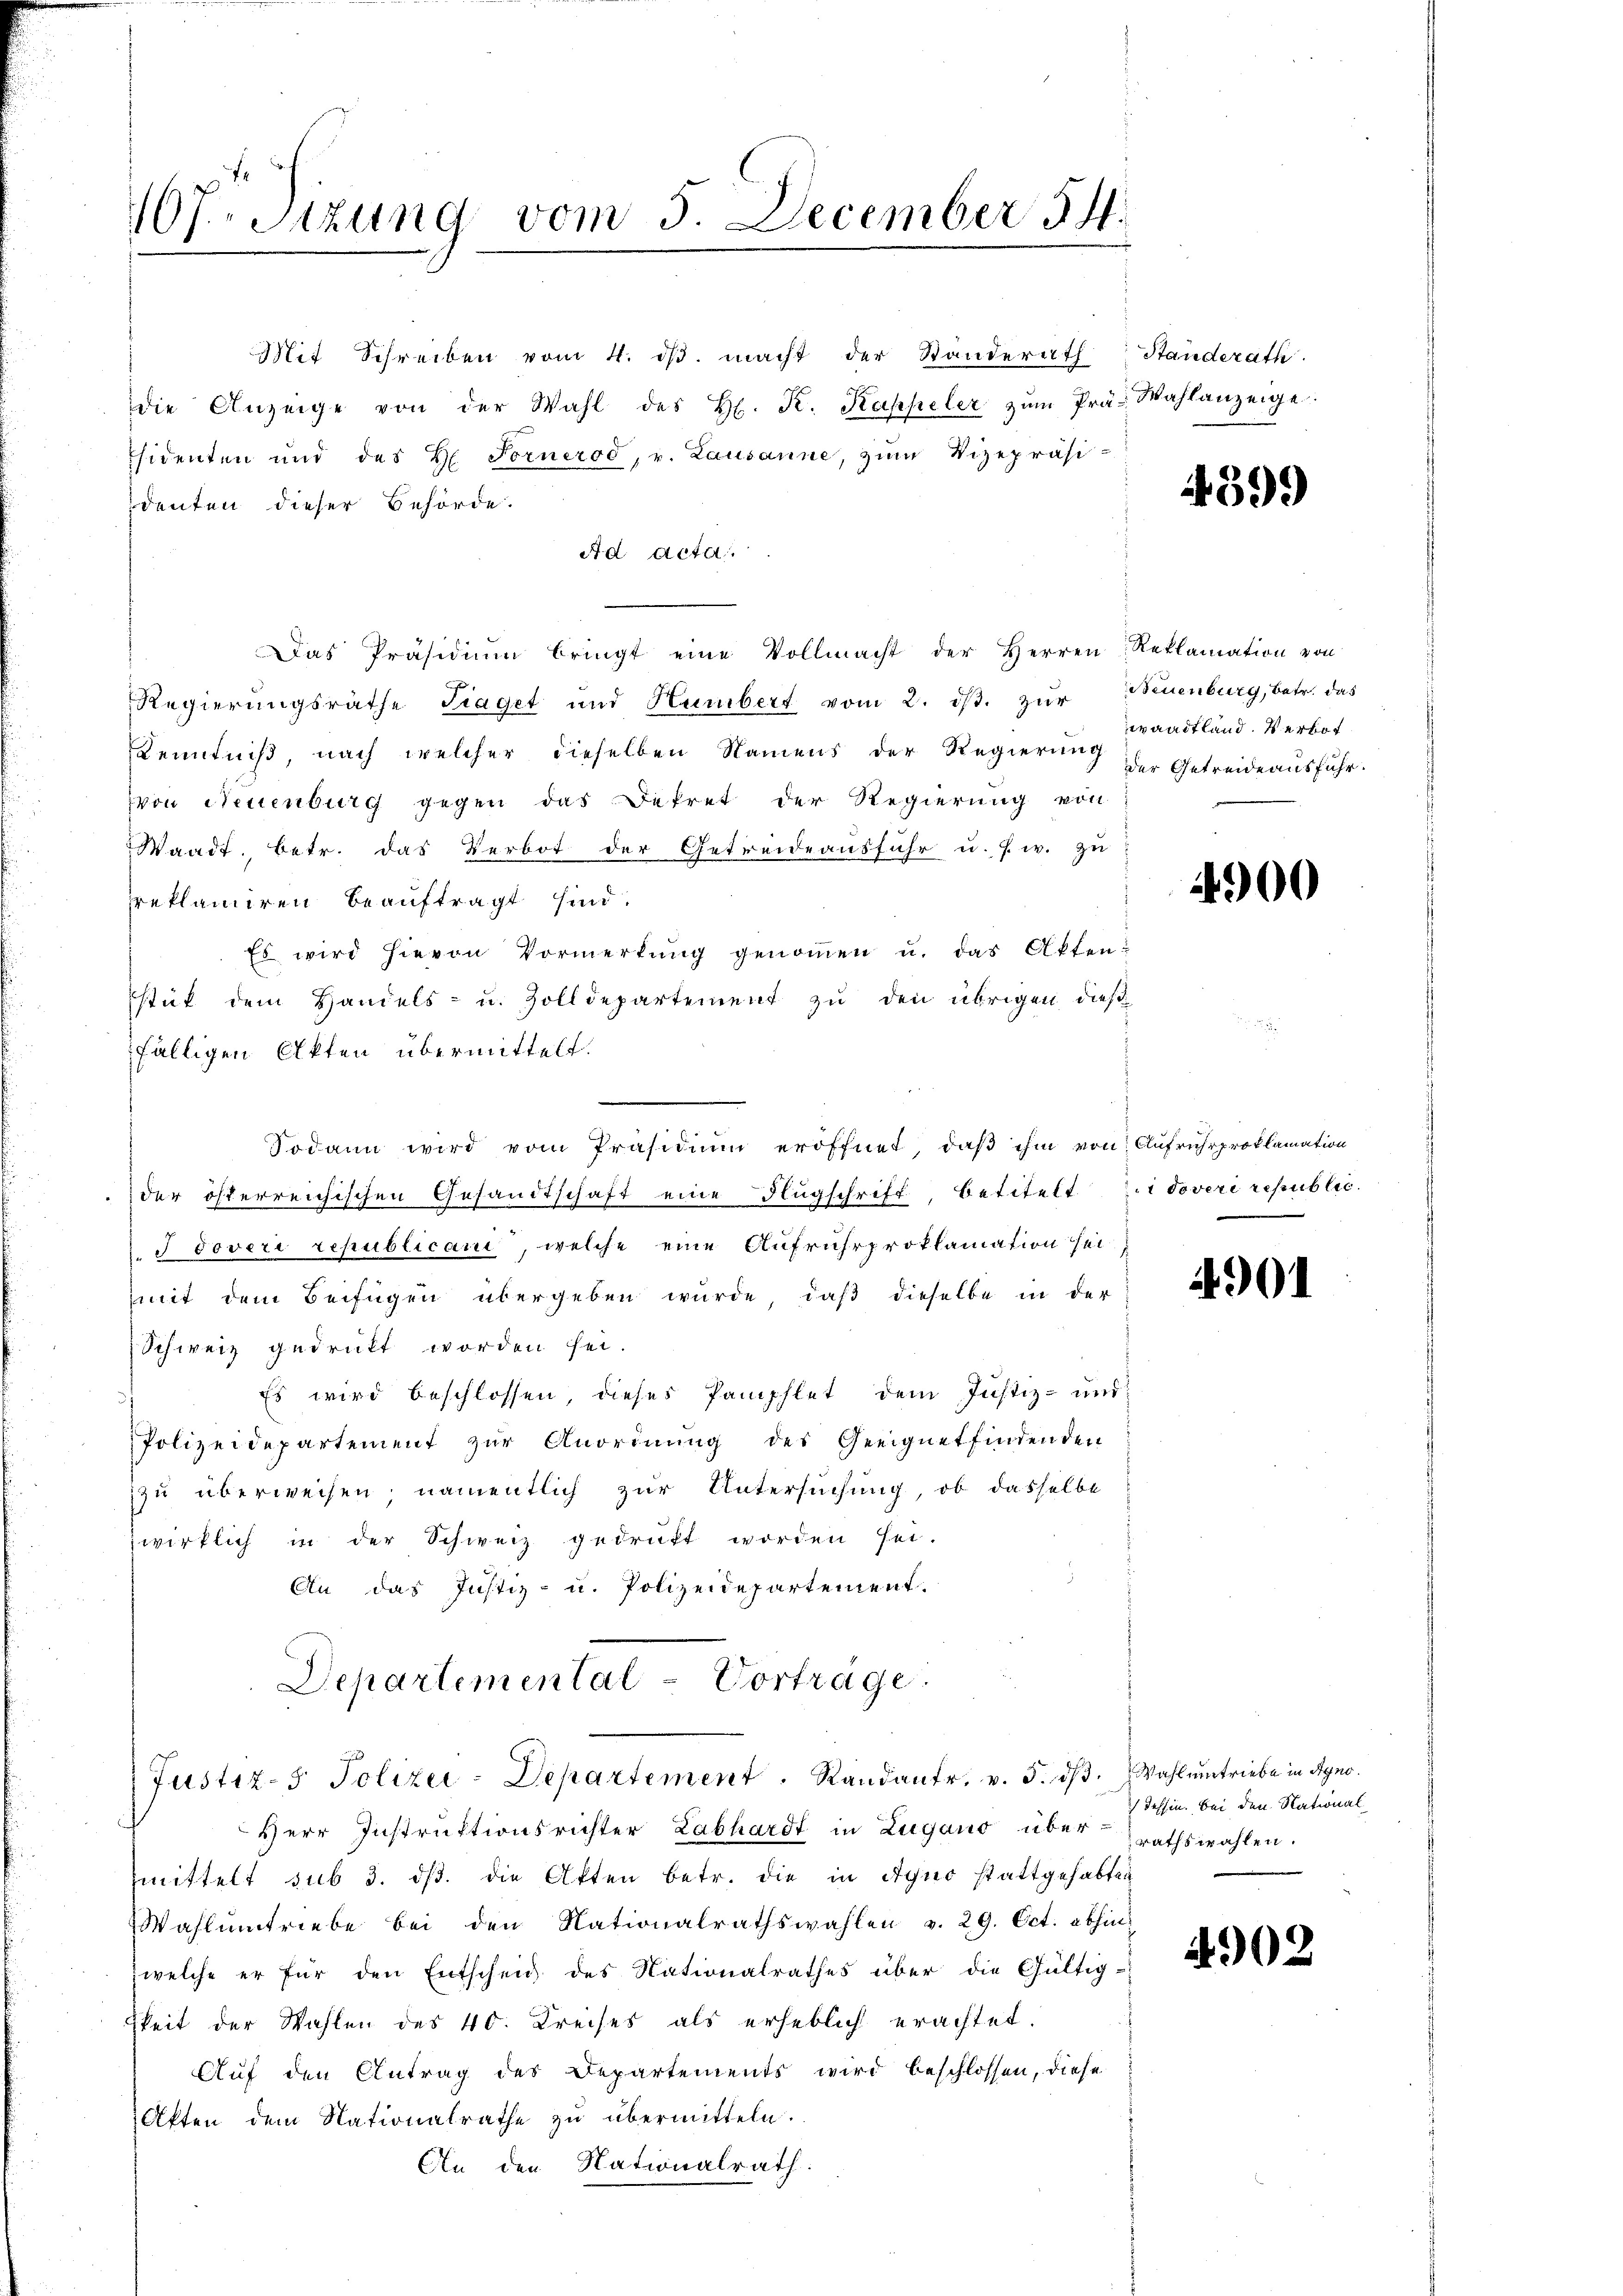
107. Sitzung vom 5. December 3.

Mit Schreiben vom 4. dβ. macht der Standerath Standerath.
die Anzeige von der Wahl des H. K. Kappeler zŭm Prä- Wahlanzeige:
sidenten und des H. Fornerod, v. Lausanne, zum Vizepräsi-
deuten dieser Behörde.
Ad Acta
Das Präsidiŭm bringt eine Vollmacht der Herren Reklamation von
Regierungsräthe Traget und Humbert vom 2. dβ. zŭr Neuenburg, betr. das
Kenntniß, nach welcher dieselben Namens der Regierung der Getreide ausfuhr.
von Neuenburg gegen das Dekret der Regierung von
Waadt, betr. das Verbot der Getreideausfuhr u. s. w. zu
reklamiren beauftragt sind.
Es wird hievon Vormerkŭng genoṁen u. das Akten-
stück dem Handels- u. Zolldepartement zu den übrigen dießfälligen Akten übermittelt.
Sodann wird vom Präsidium eröffnet, daß ihm von Aufruhrproklamation
der österreichischen Gesandtschaft eine Flugschrift, betitelt Zidoveri republic.
. J doveri republicani, welche eine Aufruhrproklamation sei
mit dem Beifügen übergeben wurde, daβ dieselbe in der
Schweiz gedruckt worden sei.
Es wird beschlossen, dieses Pamphlet dem Justiz- und
Polizeidepartement zur Anordnung des Geeignetfindenden
zu überweisen, namentlich zur Untersuchung, ob dasselbe
zwirklich in der Schweiz gedrukt worden sei.
An das Justiz- u. Polizeidepartement.
Departemental-Vorträge.
Justiz- Polizei-Departement. Randantr. v. 5. ds. Wahl umtriebe in Syno
Herr Instruktionsrichter Labhardt in Zugano überrathswahlen.
mittelt sub 3. dβ. die Akten betr. die in Agner stattgehabten
Wahlŭmtriebe bei den Nationalrathswahlen v. 29. Oct. abhin
welche er für den Entscheid des Nationalrathes über die Gültig-
gkeit der Wahlen des 40. Kreises als erheblich erachtet.
Auf den Antrag des Departements wird beschlossen, diese
Akten dem Nationalrathe zu übermitteln.
An den Nationalrath

4399

waadtland. Verbot

4900

4901

Tessin. Bei den National

4902